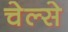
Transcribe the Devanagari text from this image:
चेल्से